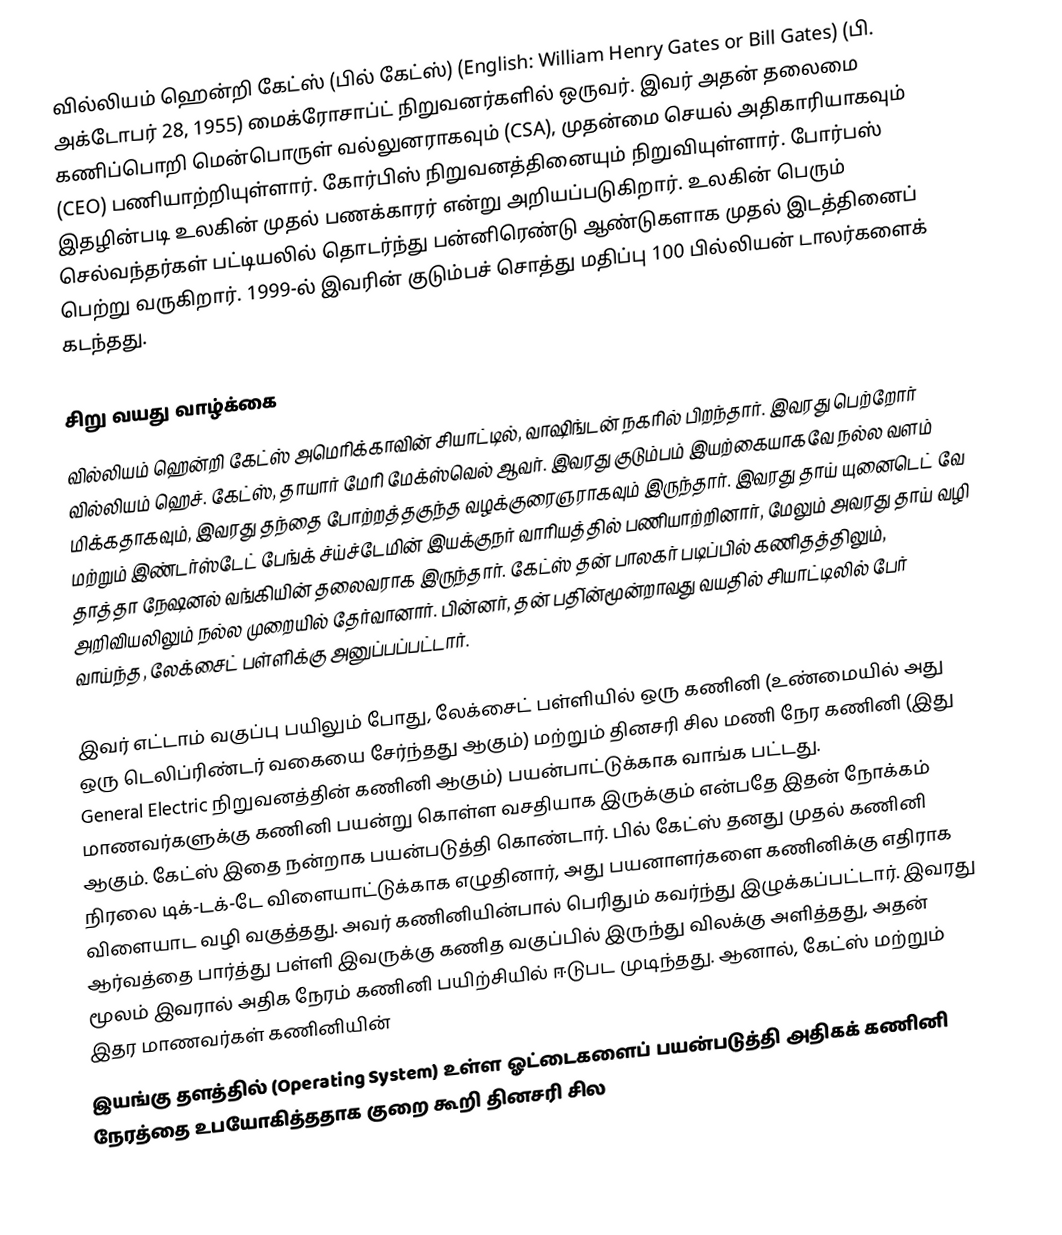
வில்லியம் ஹென்றி கேட்ஸ் (பில் கேட்ஸ்) (English: William Henry Gates or Bill Gates) (பி. அக்டோபர் 28, 1955) மைக்ரோசாப்ட் நிறுவனர்களில் ஒருவர். இவர் அதன் தலைமை கணிப்பொறி மென்பொருள் வல்லுனராகவும் (CSA), முதன்மை செயல் அதிகாரியாகவும் (CEO) பணியாற்றியுள்ளார். கோர்பிஸ் நிறுவனத்தினையும் நிறுவியுள்ளார். போர்பஸ் இதழின்படி உலகின் முதல் பணக்காரர் என்று அறியப்படுகிறார். உலகின் பெரும் செல்வந்தர்கள் பட்டியலில் தொடர்ந்து பன்னிரெண்டு ஆண்டுகளாக முதல் இடத்தினைப் பெற்று வருகிறார். 1999-ல் இவரின் குடும்பச் சொத்து மதிப்பு 100 பில்லியன் டாலர்களைக் கடந்தது.

சிறு வயது வாழ்க்கை
வில்லியம் ஹென்றி கேட்ஸ் அமெரிக்காவின் சியாட்டில், வாஷிங்டன் நகரில் பிறந்தார். இவரது பெற்றோர் வில்லியம் ஹெச். கேட்ஸ், தாயார் மேரி மேக்ஸ்வெல் ஆவர். இவரது குடும்பம் இயற்கையாகவே நல்ல வளம் மிக்கதாகவும், இவரது தந்தை போற்றத்தகுந்த வழக்குரைஞராகவும் இருந்தார். இவரது தாய் யுனைடெட் வே மற்றும் இண்டர்ஸ்டேட் பேங்க் ச்ய்ச்டேமின் இயக்குநர் வாரியத்தில் பணியாற்றினார், மேலும் அவரது தாய் வழி தாத்தா நேஷனல் வங்கியின் தலைவராக இருந்தார். கேட்ஸ் தன் பாலகர் படிப்பில் கணிதத்திலும், அறிவியலிலும் நல்ல முறையில் தேர்வானார். பின்னர், தன் பதி்ன்மூன்றாவது வயதில் சியாட்டிலில் பேர் வாய்ந்த, லேக்சைட் பள்ளிக்கு அனுப்பப்பட்டார்.

இவர் எட்டாம் வகுப்பு பயிலும் போது, லேக்சைட் பள்ளியில் ஒரு கணினி (உண்மையில் அது ஒரு டெலிப்ரிண்டர் வகையை சேர்ந்தது ஆகும்) மற்றும் தினசரி சில மணி நேர கணினி (இது General Electric நிறுவனத்தின் கணினி ஆகும்) பயன்பாட்டுக்காக வாங்க பட்டது. மாணவர்களுக்கு கணினி பயன்று கொள்ள வசதியாக இருக்கும் என்பதே இதன் நோக்கம் ஆகும். கேட்ஸ் இதை நன்றாக பயன்படுத்தி கொண்டார். பில் கேட்ஸ் தனது முதல் கணினி நிரலை டிக்-டக்-டே விளையாட்டுக்காக எழுதினார், அது பயனாளர்களை கணினிக்கு எதிராக விளையாட வழி வகுத்தது. அவர் கணினியின்பால் பெரிதும் கவர்ந்து இழுக்கப்பட்டார். இவரது ஆர்வத்தை பார்த்து பள்ளி இவருக்கு கணித வகுப்பில் இருந்து விலக்கு அளித்தது, அதன் மூலம் இவரால் அதிக நேரம் கணினி பயிற்சியில் ஈடுபட முடிந்தது. ஆனால், கேட்ஸ் மற்றும் இதர மாணவர்கள் கணினியின்
இயங்கு தளத்தில் (Operating System) உள்ள ஓட்டைகளைப் பயன்படுத்தி அதிகக் கணினி நேரத்தை உபயோகித்ததாக குறை கூறி தினசரி சில